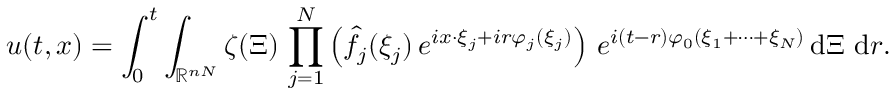
u ( t , x ) = \int _ { 0 } ^ { t } \int _ { \mathbb { R } ^ { n N } } \zeta ( \Xi ) \, \prod _ { j = 1 } ^ { N } \left( \widehat { f } _ { j } ( \xi _ { j } ) \, e ^ { i x \cdot \xi _ { j } + i r \varphi _ { j } ( \xi _ { j } ) } \right) \, e ^ { i ( t - r ) \varphi _ { 0 } ( \xi _ { 1 } + \cdots + \xi _ { N } ) } \, \mathrm { d } \Xi \, \, \mathrm { d } r .